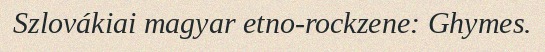
Szlovákiai magyar etno-rockzene: Ghymes.